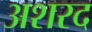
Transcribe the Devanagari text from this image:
अशरद